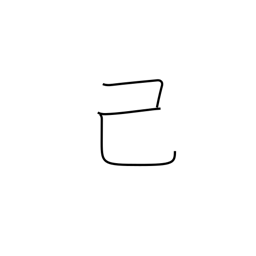
Meaning: self